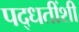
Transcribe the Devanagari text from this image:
पद्धतींशी